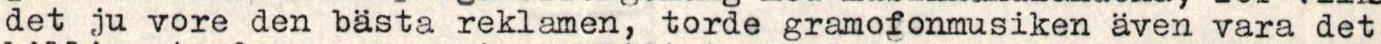
det ju vore den bästa reklamen, torde gramofonmusiken även vara det